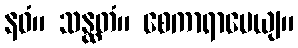
နဝံ။ သန္ထတံ။ စေကာရာပေယျ။